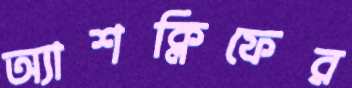
অ্যাশক্লিফের